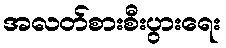
အလတ်စားစီးပွားရေး